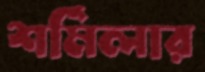
শর্মিলার